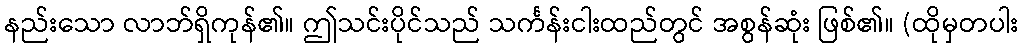
နည်းသော လာဘ်ရှိကုန်၏။ ဤသင်းပိုင်သည် သင်္ကန်းငါးထည်တွင် အစွန်ဆုံး ဖြစ်၏။ (ထိုမှတပါး